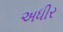
અધીર